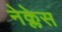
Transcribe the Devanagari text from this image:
नेक्लेस